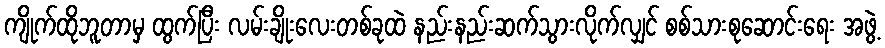
ကျိုက်ထိုဘူတာမှ ထွက်ပြီး လမ်းချိုးလေးတစ်ခုထဲ နည်းနည်းဆက်သွားလိုက်လျှင် စစ်သားစုဆောင်းရေး အဖွဲ့